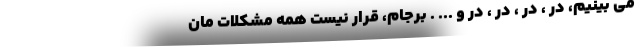
می بینیم، در ، در ، در ، در و ... . برجام، قرار نیست همه مشکلات مان